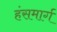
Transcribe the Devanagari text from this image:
हंसमार्ग